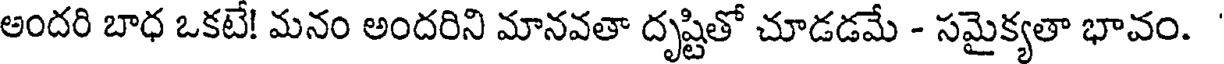
అందరి బాధ ఒకటే! మనం అందరిని మానవతా దృష్టితో చూడడమే - సమైక్యతా భావం.